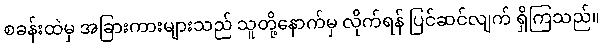
စခန်းထဲမှ အခြားကားများသည် သူတို့နောက်မှ လိုက်ရန် ပြင်ဆင်လျက် ရှိကြသည်။